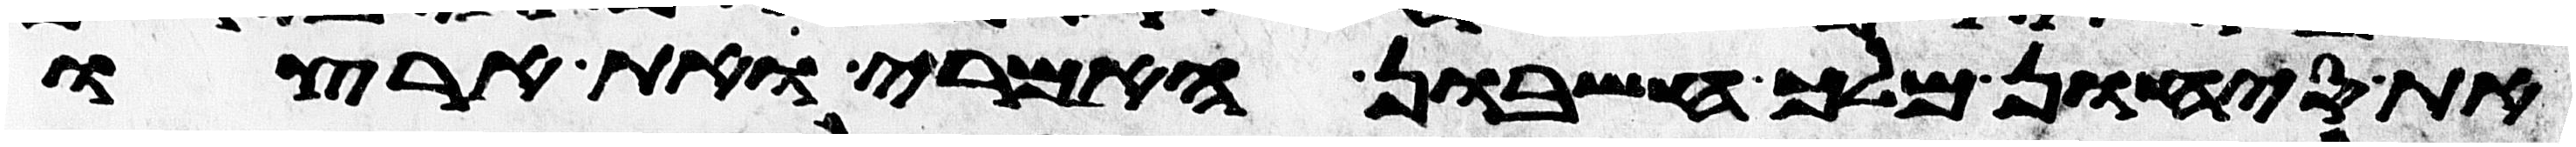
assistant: את סיחון מלך חשבון האמרי ואת ארצו